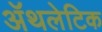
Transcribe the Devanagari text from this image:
अॅथलेटिक